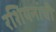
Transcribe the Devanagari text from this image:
रशियनांची